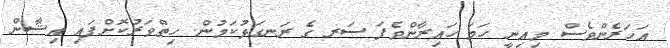
އަހަރެންވެސް މިއިނީ ހަމަ ހައިރާންވެފަ ސަރ ގެ ރަނގަޅުކަމުން. ހިތްވަރުކޮށްފައި އިޝާން